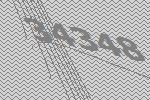
34348